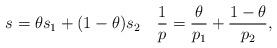
LaTeX: \begin{align*} s=\theta s_1+(1-\theta)s_2\quad\frac{1}{p}=\frac{\theta}{p_1}+\frac{1-\theta}{p_2}, \end{align*}